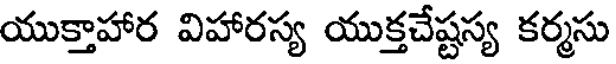
యుక్తాహార విహారస్య యుక్తచేష్టస్య కర్మసు